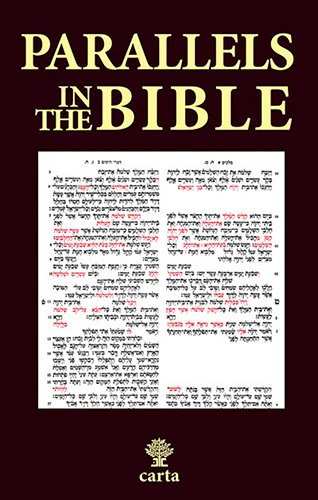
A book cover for Parallels in the Bible (Hebrew Edition); Abba Bendavid; Christian Books & Bibles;